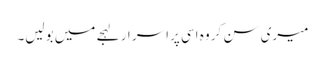
میری سن کر وہ اسی پراسر ار لہجے میں بولیں۔